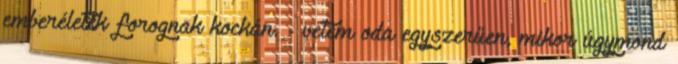
emberéletek forognak kockán. - vetem oda egyszerűen, mikor úgymond